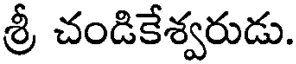
శ్రీ చండికేశ్వరుడు.